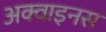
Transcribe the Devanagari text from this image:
अक्वाइनस